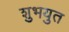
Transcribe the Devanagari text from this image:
शुभयुत